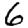
Digit: 6